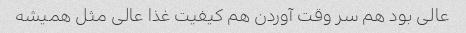
عالی بود هم سر وقت آوردن هم کیفیت غذا عالی مثل همیشه